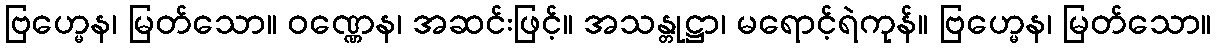
ဗြဟ္မေန၊ မြတ်သော။ ဝဏ္ဏေန၊ အဆင်းဖြင့်။ အသန္တုဋ္ဌာ၊ မရောင့်ရဲကုန်။ ဗြဟ္မေန၊ မြတ်သော။